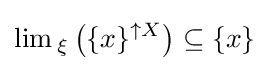
\lim {}_{\xi }\left(\{x\}^{\uparrow X}\right)\subseteq \{x\}